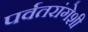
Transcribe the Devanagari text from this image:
पर्वतरांगेशी